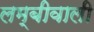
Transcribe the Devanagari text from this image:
लम्बीवाली